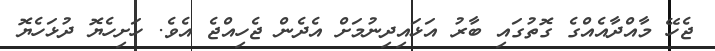
ޖެހޭ މާއްދާއެއްގެ ގޮތުގައި ބާރު އަޅައިދިނުމަށް އެދެން ޖެހިއްޖެ އެވެ. ހަށިހެޔޮ ދުޅަހެޔޮ